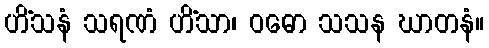
ဟိံသနံ သရဏံ ဟိံသာ၊ ဝဓော သသန ဃာတနံ။